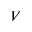
V